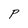
Character: P